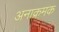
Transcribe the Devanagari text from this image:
अनाक्रमक